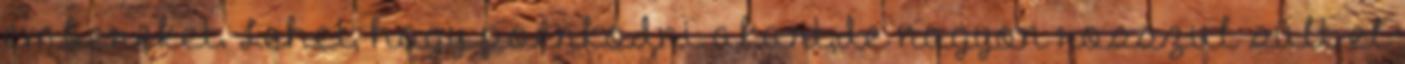
embereket. Lehet, hogy poénkodni akart,de nagyon rosszul sült el